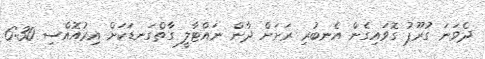
ދެވަނަ ގުރޫޕު ގޮވައިގެން އެނބުރި ރަށަށް ދާން ނައްޓާލީ ގާތްގަނޑަކަށް އިރުއޮއްސި 6:30